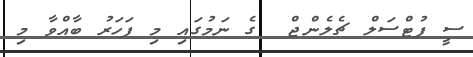
ސީ ފުޓްސަލް ޗެލެންޖް  ގެ ނަމުގައި މި ފަހަރު ބާއްވާ މި